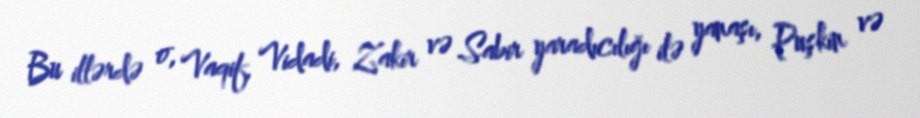
Bu illərdə o, Vaqif, Vidadi, Zakir və Sabir yaradıcılığı ilə yanaşı, Puşkin və